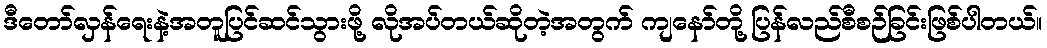
ဒီတော်လှန်ရေးနဲ့အတူပြင်ဆင်သွားဖို့ လိုအပ်တယ်ဆိုတဲ့အတွက် ကျနော်တို့ ပြန်လည်စီစဉ်ခြင်းဖြစ်ပါတယ်။